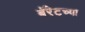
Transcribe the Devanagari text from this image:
बॅरेटच्या